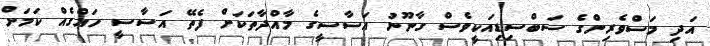
އަދި މަސްވެރިންގެ ސަބްސިޑިއަކީވެސް ގާނޫނު އަސާސީގެ މާއްދާތަކަށް ފެތޭ އަސާސީ ހައްގެއް ކަމަށް